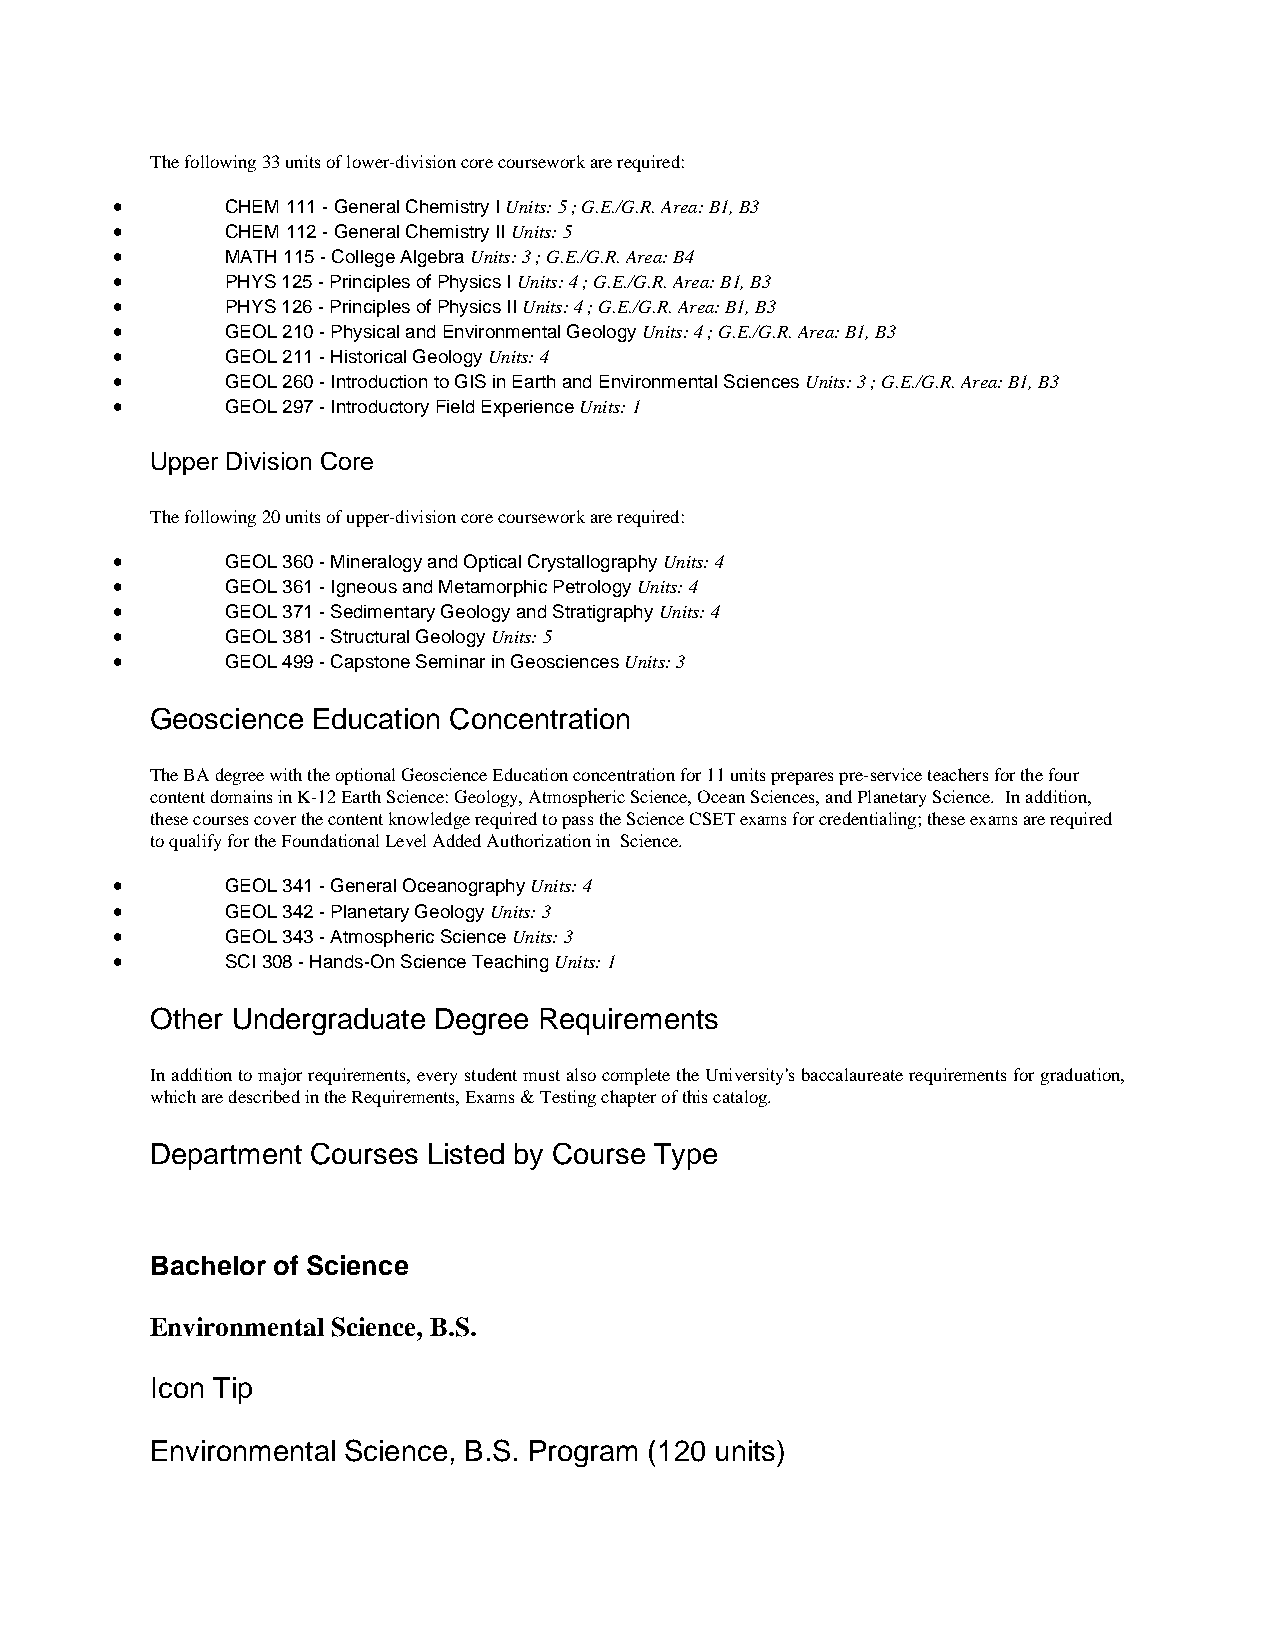
The following 33 units of lower-division core coursework are required:
 •       CHEM 111 - General Chemistry I Units: 5 ; G.E./G.R. Area: B1, B3
 •       CHEM 112 - General Chemistry II Units: 5
 •       MATH 115 - College Algebra Units: 3 ; G.E./G.R. Area: B4
 •       PHYS 125 - Principles of Physics I Units: 4 ; G.E./G.R. Area: B1, B3
 •       PHYS 126 - Principles of Physics II Units: 4 ; G.E./G.R. Area: B1, B3
 •       GEOL 210 - Physical and Environmental Geology Units: 4 ; G.E./G.R. Area: B1, B3
 •       GEOL 211 - Historical Geology Units: 4
 •       GEOL 260 - Introduction to GIS in Earth and Environmental Sciences Units: 3 ; G.E./G.R. Area: B1, B3
 •       GEOL 297 - Introductory Field Experience Units: 1
 Upper Division Core
 The following 20 units of upper-division core coursework are required:
 •       GEOL 360 - Mineralogy and Optical Crystallography Units: 4
 •       GEOL 361 - Igneous and Metamorphic Petrology Units: 4
 •       GEOL 371 - Sedimentary Geology and Stratigraphy Units: 4
 •       GEOL 381 - Structural Geology Units: 5
 •       GEOL 499 - Capstone Seminar in Geosciences Units: 3
 Geoscience Education Concentration
 The BA degree with the optional Geoscience Education concentration for 11 units prepares pre-service teachers for the four
 content domains in K-12 Earth Science: Geology, Atmospheric Science, Ocean Sciences, and Planetary Science. In addition,
 these courses cover the content knowledge required to pass the Science CSET exams for credentialing; these exams are required
 to qualify for the Foundational Level Added Authorization in Science.
 •       GEOL 341 - General Oceanography Units: 4
 •       GEOL 342 - Planetary Geology Units: 3
 •       GEOL 343 - Atmospheric Science Units: 3
 •       SCI 308 - Hands-On Science Teaching Units: 1
 Other Undergraduate Degree Requirements
 In addition to major requirements, every student must also complete the University's baccalaureate requirements for graduation,
 which are described in the Requirements, Exams & Testing chapter of this catalog.
 Department Courses Listed by Course Type
 Bachelor of Science
 Environmental Science, B.S.
 Icon Tip
 Environmental Science, B.S. Program (120 units)